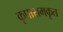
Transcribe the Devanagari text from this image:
कृपारामकृत